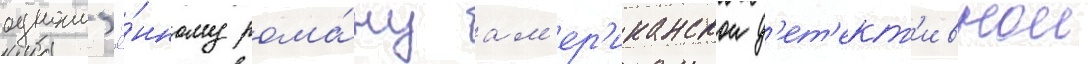
одноим'ё́нному рома́ну ам'ер'иканскои д'ет'ект'ивнои